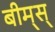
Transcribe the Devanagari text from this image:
बीम्‌स्